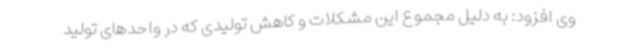
وی افزود: به دلیل مجموع این مشکلات و کاهش تولیدی که در واحدهای تولید